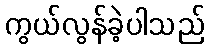
ကွယ်လွန်ခဲ့ပါသည်